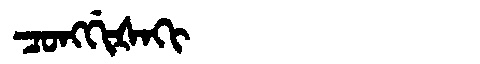
Manchu: ᠴᠣᠩᡤᡳᡧᠠᡴᡳ
Romanization: CONGGIŠAKI